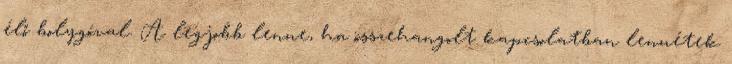
élő bolygóval. A legjobb lenne, ha összehangolt kapcsolatban lennétek